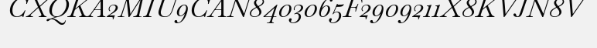
CXQKA2MIU9CAN8403065F2909211X8KVJN8V